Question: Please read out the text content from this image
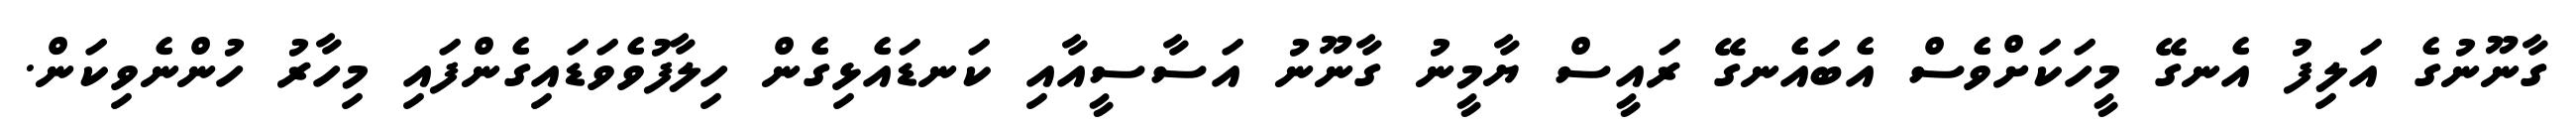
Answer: ގާނޫނުގެ އަލިފު އެނގޭ މީހަކަށްވެސް އެބައެނގޭ ރައީސް ޔާމީނު ގާނޫނު އަސާސީއާއި ކަނޑައެޅިގެން ހިލާފުވެވަޑައިގެންފައި މިހާރު ހުންނެވިކަން.